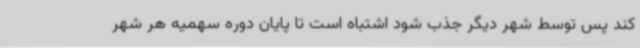
کند پس توسط شهر دیگر جذب شود اشتباه است تا پایان دوره سهمیه هر شهر